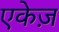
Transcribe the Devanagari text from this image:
एकेज़